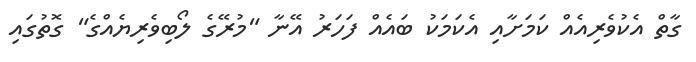
ގާތް އެކުވެރިއެއް ކަމަށާއި އެކަމަކު ބައެއް ފަހަރު އޭނާ "މުރޭގެ ލޯބިވެރިޔެއްގެ" ގޮތުގައި